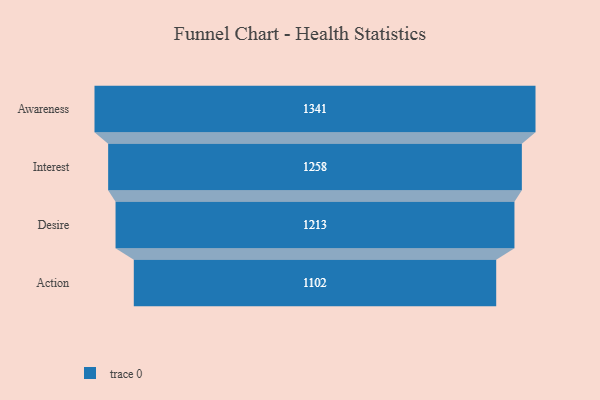
{"axis": {"x": "Stage", "y": "Value"}, "legend": [""], "data": [{"x": "Awareness", "y": 1341.0, "type": ""}, {"x": "Interest", "y": 1258.0, "type": ""}, {"x": "Desire", "y": 1213.0, "type": ""}, {"x": "Action", "y": 1102.0, "type": ""}]}